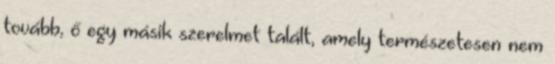
tovább, ő egy másik szerelmet talált, amely természetesen nem